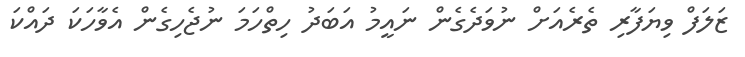
ޒަލަފް ވިޔަފާރި ތެރެއަށް ނުވަދެގެން ނައީމު އަބަދު ހިތްހަމަ ނުޖެހިގެން އެވާހަކަ ދައްކަ